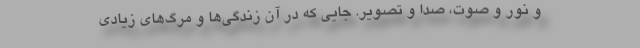
و نور و صوت، صدا و تصویر. جایی که در آن زندگی‌ها و مرگ‌های زیادی